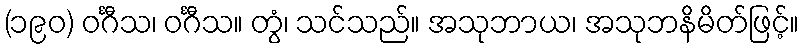
(၁၉၀) ဝင်္ဂီသ၊ ဝင်္ဂီသ။ တွံ၊ သင်သည်။ အသုဘာယ၊ အသုဘနိမိတ်ဖြင့်။